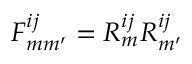
F _ { m m ^ { \prime } } ^ { i j } = R _ { m } ^ { i j } R _ { m ^ { \prime } } ^ { i j }